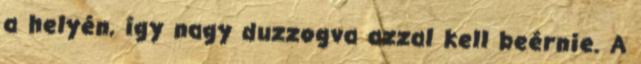
a helyén, így nagy duzzogva azzal kell beérnie. A